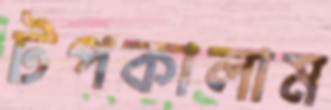
টপকালাম